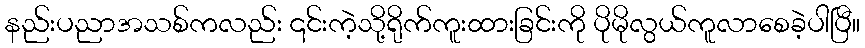
နည်းပညာအသစ်ကလည်း ၎င်းကဲ့သို့ရိုက်ကူးထားခြင်းကို ပိုမိုလွယ်ကူလာစေခဲ့ပါပြီ။